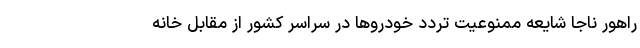
راهور ناجا شایعه ممنوعیت تردد خودرو‌ها در سراسر کشور از مقابل خانه